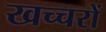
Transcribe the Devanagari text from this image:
खच्‍चरों